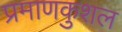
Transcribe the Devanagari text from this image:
प्रमाणकुशल